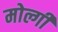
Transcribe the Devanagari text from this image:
मोल्गी